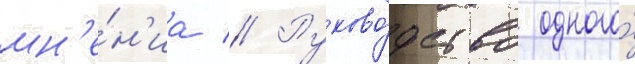
мн'е́н'иа // Руково́дство одного́